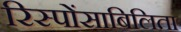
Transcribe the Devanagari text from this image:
रिस्पोंसाबिलिता